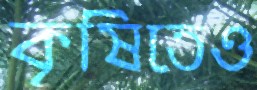
কৃষিতেও